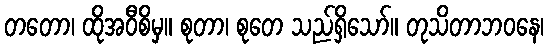
တတော၊ ထိုအဝီစိမှ။ စုတာ၊ စုတေ သည်ရှိသော်။ တုသိတာဘဝနေ၊